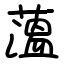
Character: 薀